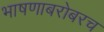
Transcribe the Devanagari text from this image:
भाषणाबरोबरच